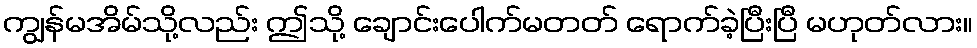
ကျွန်မအိမ်သို့လည်း ဤသို့ ချောင်းပေါက်မတတ် ရောက်ခဲ့ပြီးပြီ မဟုတ်လား။